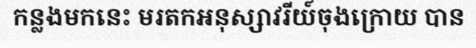
កន្លងមកនេះ មរតកអនុស្សាវរីយ៍ចុងក្រោយ បាន